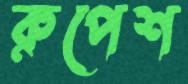
রুপেশ